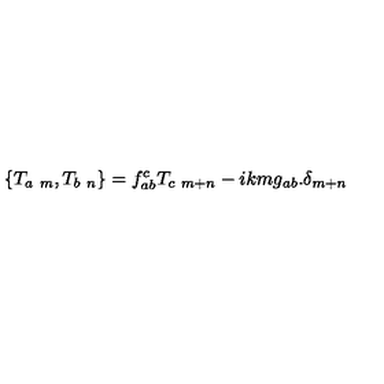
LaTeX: \left\{ T _ { a \ m } , T _ { b \ n } \right\} = f _ { a b } ^ { c } T _ { c \ m + n } - i k m g _ { a b } . \delta _ { m + n }